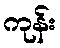
ကုန်း